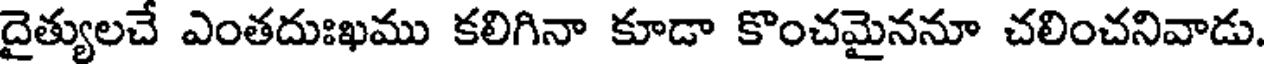
దైత్యులచే ఎంతదుఃఖము కలిగినా కూడా కొంచమైననూ చలించనివాడు